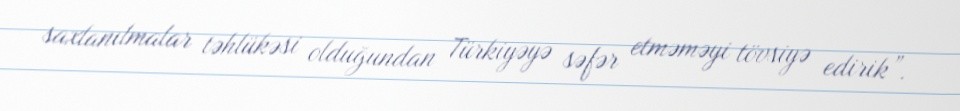
saxlanılmalar təhlükəsi olduğundan Türkiyəyə səfər etməməyi tövsiyə edirik”.